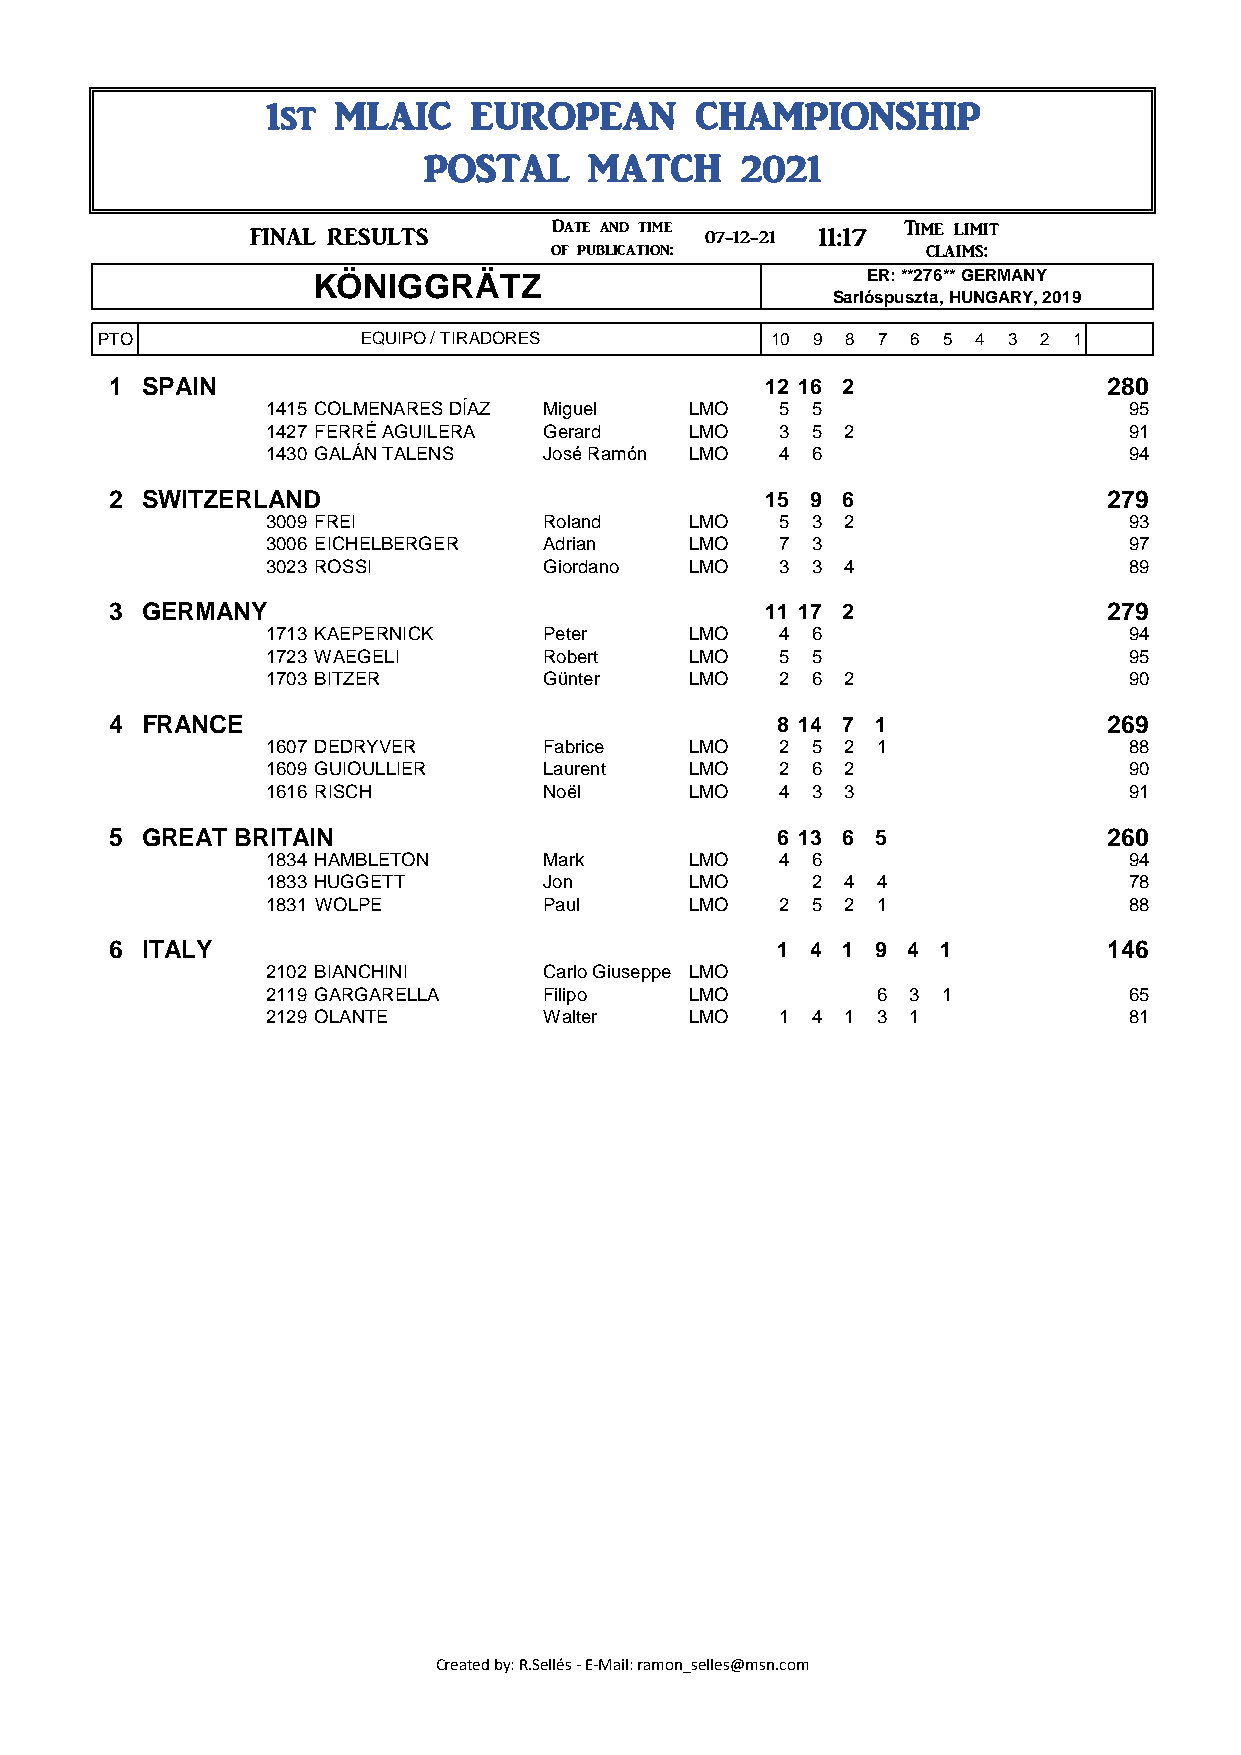
1st  MLAIC    EUROPEAN       CHAMPIONSHIP
 POSTAL     MATCH     2021
 Date and time          Time limit 12:17
 ###       FINAL RESULTS                 07-12-21 11:17
 of publication:          claims: 07-12-21
 KÖNIGGRÄTZ                           ER: **276** GERMANY
 Sarlóspuszta, HUNGARY, 2019
 PTO               EQUIPO / TIRADORES         10 9 8 7 6 5 4 3  2 1
 1 SPAIN                                    12 16 2                280
 1415 COLMENARES DÍAZ Miguel LMO   5 5                    95
 1427 FERRÉ AGUILERA Gerard  LMO   3 5  2                 91
 1430 GALÁN TALENS  José Ramón LMO 4 6                    94
 2 SWITZERLAND                              15 9 6                 279
 3009 FREI          Roland   LMO   5 3  2                 93
 3006 EICHELBERGER  Adrian   LMO   7 3                    97
 3023 ROSSI         Giordano LMO   3 3  4                 89
 3 GERMANY                                  11 17 2                279
 1713 KAEPERNICK    Peter    LMO   4 6                    94
 1723 WAEGELI       Robert   LMO   5 5                    95
 1703 BITZER        Günter   LMO   2 6  2                 90
 4 FRANCE                                    8 14 7 1              269
 1607 DEDRYVER      Fabrice  LMO   2 5  2 1               88
 1609 GUIOULLIER    Laurent  LMO   2 6  2                 90
 1616 RISCH         Noël     LMO   4 3  3                 91
 5 GREAT BRITAIN                             6 13 6 5              260
 1834 HAMBLETON     Mark     LMO   4 6                    94
 1833 HUGGETT       Jon      LMO     2  4 4               78
 1831 WOLPE         Paul     LMO   2 5  2 1               88
 6 ITALY                                     1 4 1  9 4 1          146
 2102 BIANCHINI     Carlo Giuseppe LMO
 2119 GARGARELLA    Filipo   LMO          6 3 1           65
 2129 OLANTE        Walter   LMO   1 4  1 3 1             81
 Created by: R.Sellés - E-Mail: ramon_selles@msn.com